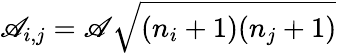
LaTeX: \mathscr{A}_{i,j}=\mathscr{A}\sqrt{(n_{i}+1)(n_{j}+1)}